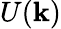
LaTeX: U(\mathbf{k})